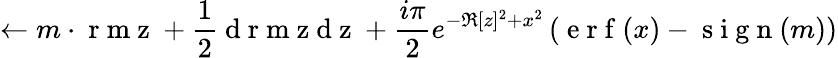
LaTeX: \leftarrow m\cdot\mathrm{~r~m~z~}+\frac{1}{2}\mathrm{~d~r~m~z~d~z~}+\frac{i\pi}{2}e^{-\Re[z]^{2}+x^{2}}\left(\mathrm{~e~r~f~}(x)-\mathrm{~s~i~g~n~}(m)\right)